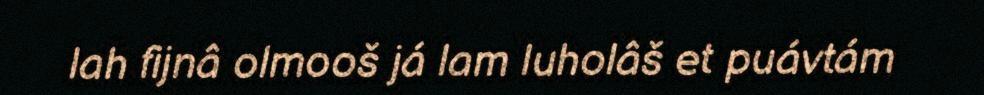
lah fijnâ olmooš já lam luholâš et puávtám